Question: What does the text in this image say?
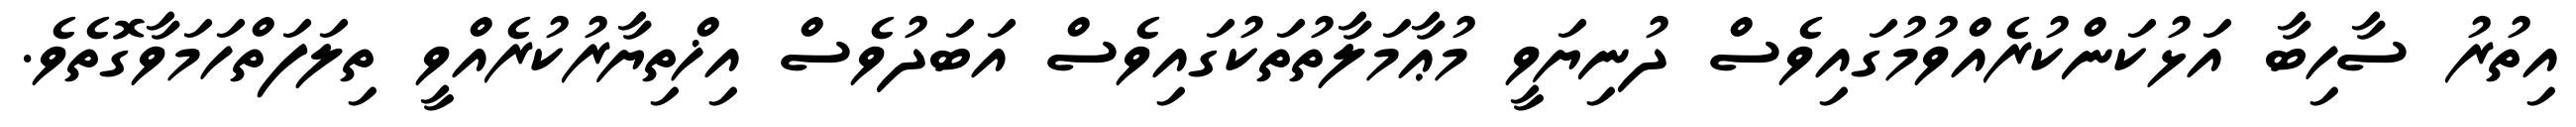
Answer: އިތުރު ސާހިބާ އަޅުކަންކުރެއްވުމުގައިވެސް ދުނިޔަވީ މުޢާމަލާތުތަކުގައިވެސް އަބަދުވެސް އިޚްތިޔާރުކުރެއްވީ ތިލަފަތްހަމަވާގޮތެވެ.